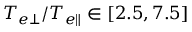
T _ { e \perp } / T _ { e \parallel } \in [ 2 . 5 , 7 . 5 ]